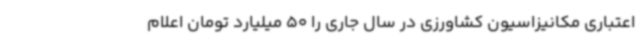
اعتباری مکانیزاسیون کشاورزی در سال جاری را 50 میلیارد تومان اعلام